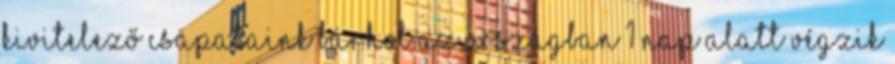
kivitelező csapataink bárhol az országban 1 nap alatt végzik